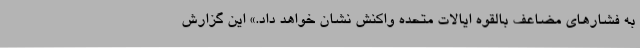
به فشارهای مضاعف بالقوه ایالات متحده واکنش نشان خواهد داد.» این گزارش